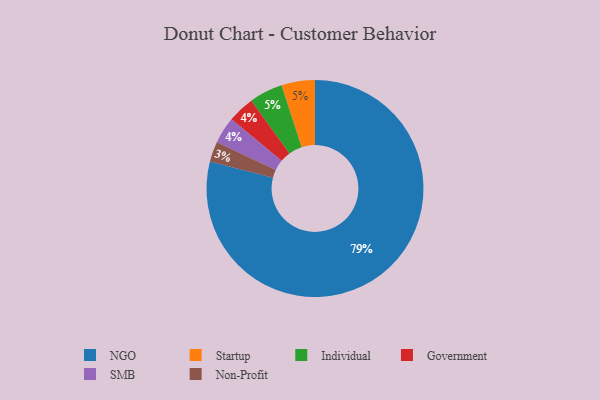
{"axis": {"x": "Category", "y": "Percentage"}, "legend": ["Government", "Individual", "NGO", "Non-Profit", "SMB", "Startup"], "data": [{"x": "Government", "y": 4, "type": "Government"}, {"x": "Non-Profit", "y": 3, "type": "Non-Profit"}, {"x": "Startup", "y": 5, "type": "Startup"}, {"x": "SMB", "y": 4, "type": "SMB"}, {"x": "NGO", "y": 79, "type": "NGO"}, {"x": "Individual", "y": 5, "type": "Individual"}]}